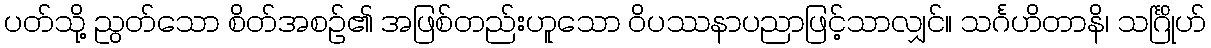
ပတ်သို့ ညွတ်သော စိတ်အစဉ်၏ အဖြစ်တည်းဟူသော ဝိပဿနာပညာဖြင့်သာလျှင်။ သင်္ဂဟိတာနိ၊ သင်္ဂြိုဟ်